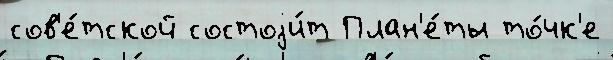
сов'е́тской состоjи́т План'е́ты то́чк'е